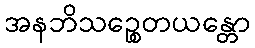
အနဘိသဉ္စေတယန္တော